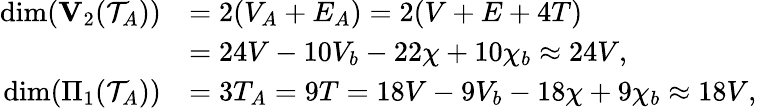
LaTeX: \begin{array}{rl}{\dim({\mathbf V}_{2}({\mathcal T}_{{A}}))}&{=2(V_{A}+E_{A})=2(V+E+4T)}\\ &{=24V-10V_{b}-22\chi+10\chi_{b}\approx 24V,}\\ {\dim(\Pi_{1}({\mathcal T}_{{A}}))}&{=3T_{A}=9T=18V-9V_{b}-18\chi+9\chi_{b}\approx 18V,}\end{array}